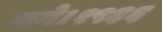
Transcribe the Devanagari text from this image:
लगे।१९६६